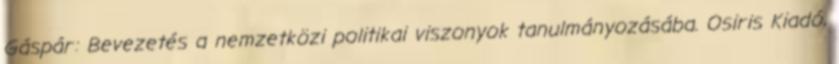
Gáspár: Bevezetés a nemzetközi politikai viszonyok tanulmányozásába. Osiris Kiadó,